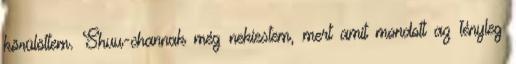
körülöttem. Shuu-channak még nekiestem, mert amit mondott az tényleg